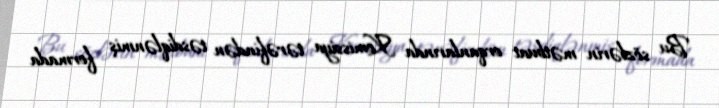
Bu sözlərin mətbuat orqanlarında Komissiya tərəfindən təsdiqlənmiş formada